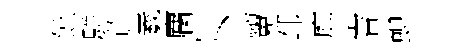
饘駢莧羲麕卜顰邳庭睿蜺